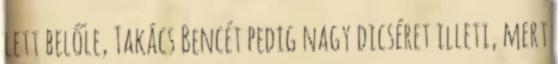
lett belőle, Takács Bencét pedig nagy dicséret illeti, mert